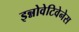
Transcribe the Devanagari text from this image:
इन्नोवेटिवेनेस